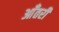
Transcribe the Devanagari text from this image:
आँतरी